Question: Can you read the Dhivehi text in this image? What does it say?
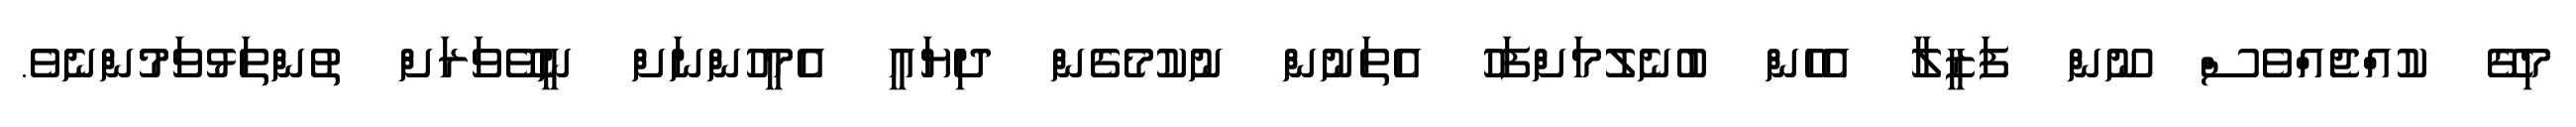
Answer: މިގޭ ކުއްޖެއްވެސް ނޫން ފަޒީލާ އެހެން ބުނެލުމަށްފަހު އެތަނުން ނުކުމެގެން ދިޔައީ އެމީހުންނަށް ނީވޭވަރަށް ތުންތަޅުވަމުންނެވެ.